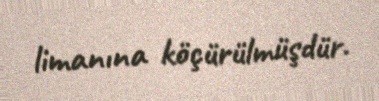
limanına köçürülmüşdür.